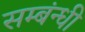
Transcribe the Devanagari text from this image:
सम्बंन्धी